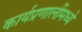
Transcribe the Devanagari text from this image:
कार्यप्रणालींमध्ये